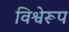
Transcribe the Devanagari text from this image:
विश्वेरूप